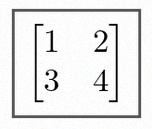
\begin{bmatrix}1&2\\3&4\end{bmatrix}